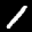
Label: 1